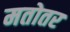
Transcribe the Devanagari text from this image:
मतोतर